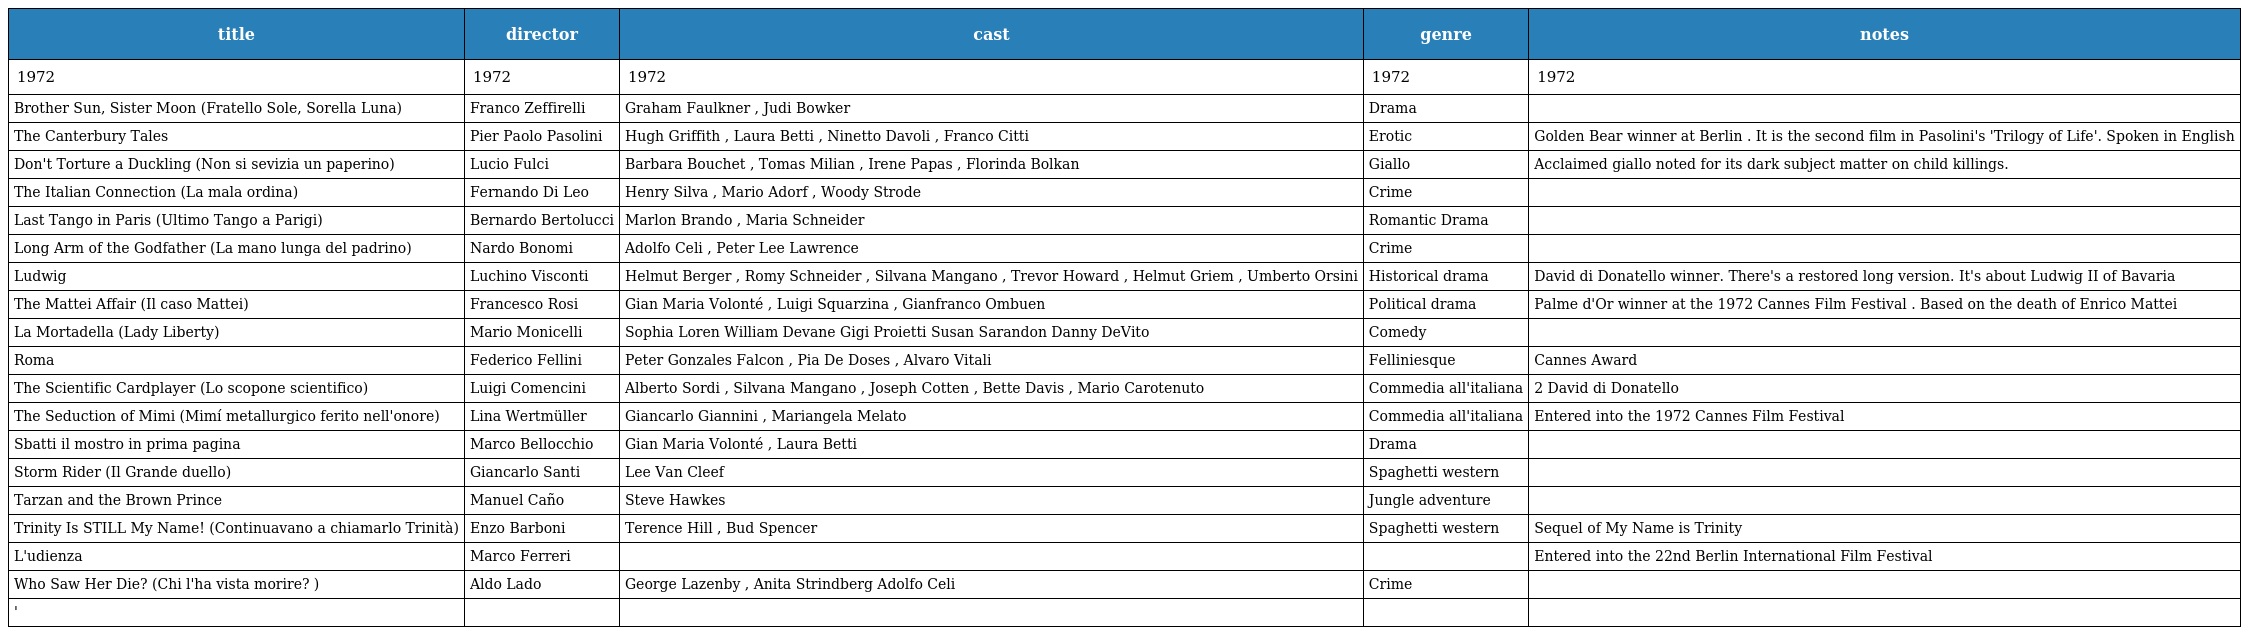
| title | director | cast | genre | notes |
 | --- | --- | --- | --- | --- |
 | 1972 | 1972 | 1972 | 1972 | 1972 |
 | Brother Sun, Sister Moon (Fratello Sole, Sorella Luna) | Franco Zeffirelli | Graham Faulkner , Judi Bowker | Drama |  |
 | The Canterbury Tales | Pier Paolo Pasolini | Hugh Griffith , Laura Betti , Ninetto Davoli , Franco Citti | Erotic | Golden Bear winner at Berlin . It is the second film in Pasolini's 'Trilogy of Life'. Spoken in English |
 | Don't Torture a Duckling (Non si sevizia un paperino) | Lucio Fulci | Barbara Bouchet , Tomas Milian , Irene Papas , Florinda Bolkan | Giallo | Acclaimed giallo noted for its dark subject matter on child killings. |
 | The Italian Connection (La mala ordina) | Fernando Di Leo | Henry Silva , Mario Adorf , Woody Strode | Crime |  |
 | Last Tango in Paris (Ultimo Tango a Parigi) | Bernardo Bertolucci | Marlon Brando , Maria Schneider | Romantic Drama |  |
 | Long Arm of the Godfather (La mano lunga del padrino) | Nardo Bonomi | Adolfo Celi , Peter Lee Lawrence | Crime |  |
 | Ludwig | Luchino Visconti | Helmut Berger , Romy Schneider , Silvana Mangano , Trevor Howard , Helmut Griem , Umberto Orsini | Historical drama | David di Donatello winner. There's a restored long version. It's about Ludwig II of Bavaria |
 | The Mattei Affair (Il caso Mattei) | Francesco Rosi | Gian Maria Volonté , Luigi Squarzina , Gianfranco Ombuen | Political drama | Palme d'Or winner at the 1972 Cannes Film Festival . Based on the death of Enrico Mattei |
 | La Mortadella (Lady Liberty) | Mario Monicelli | Sophia Loren William Devane Gigi Proietti Susan Sarandon Danny DeVito | Comedy |  |
 | Roma | Federico Fellini | Peter Gonzales Falcon , Pia De Doses , Alvaro Vitali | Felliniesque | Cannes Award |
 | The Scientific Cardplayer (Lo scopone scientifico) | Luigi Comencini | Alberto Sordi , Silvana Mangano , Joseph Cotten , Bette Davis , Mario Carotenuto | Commedia all'italiana | 2 David di Donatello |
 | The Seduction of Mimi (Mimí metallurgico ferito nell'onore) | Lina Wertmüller | Giancarlo Giannini , Mariangela Melato | Commedia all'italiana | Entered into the 1972 Cannes Film Festival |
 | Sbatti il mostro in prima pagina | Marco Bellocchio | Gian Maria Volonté , Laura Betti | Drama |  |
 | Storm Rider (Il Grande duello) | Giancarlo Santi | Lee Van Cleef | Spaghetti western |  |
 | Tarzan and the Brown Prince | Manuel Caño | Steve Hawkes | Jungle adventure |  |
 | Trinity Is STILL My Name! (Continuavano a chiamarlo Trinità) | Enzo Barboni | Terence Hill , Bud Spencer | Spaghetti western | Sequel of My Name is Trinity |
 | L'udienza | Marco Ferreri |  |  | Entered into the 22nd Berlin International Film Festival |
 | Who Saw Her Die? (Chi l'ha vista morire? ) | Aldo Lado | George Lazenby , Anita Strindberg Adolfo Celi | Crime |  |
 | ' |  |  |  |  |